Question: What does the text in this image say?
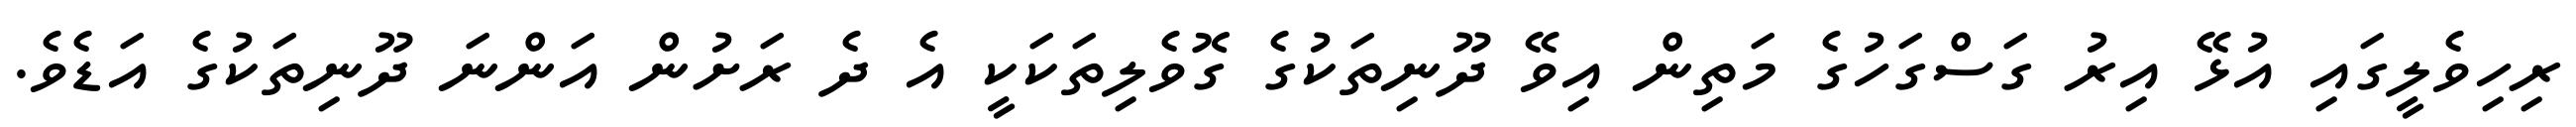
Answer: ރިހިވެލީގައި އުޅޭ އިރު ގަސްގަހުގެ މަތިން އިވޭ ދޫނިތަކުގެ ގޮވެލިތަކަކީ އެ ދެ ރަށުން އަންނަ ދޫނިތަކުގެ އަޑެވެ.